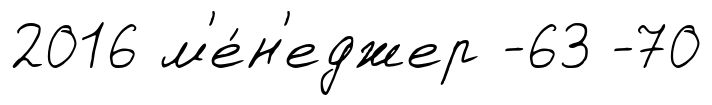
2016 м'е́н'еджер -63 -70